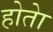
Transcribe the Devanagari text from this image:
होताे